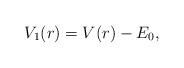
LaTeX: \begin{align*} V_1(r) = V(r) - E_0, \end{align*}